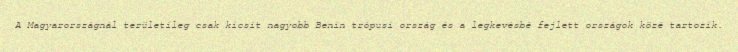
A Magyarországnál területileg csak kicsit nagyobb Benin trópusi ország és a legkevésbé fejlett országok közé tartozik.